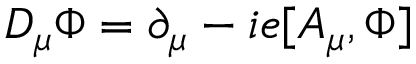
D _ { \mu } \Phi = \partial _ { \mu } - i e [ A _ { \mu } , \Phi ]